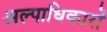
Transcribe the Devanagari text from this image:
अल्पाधिकारों